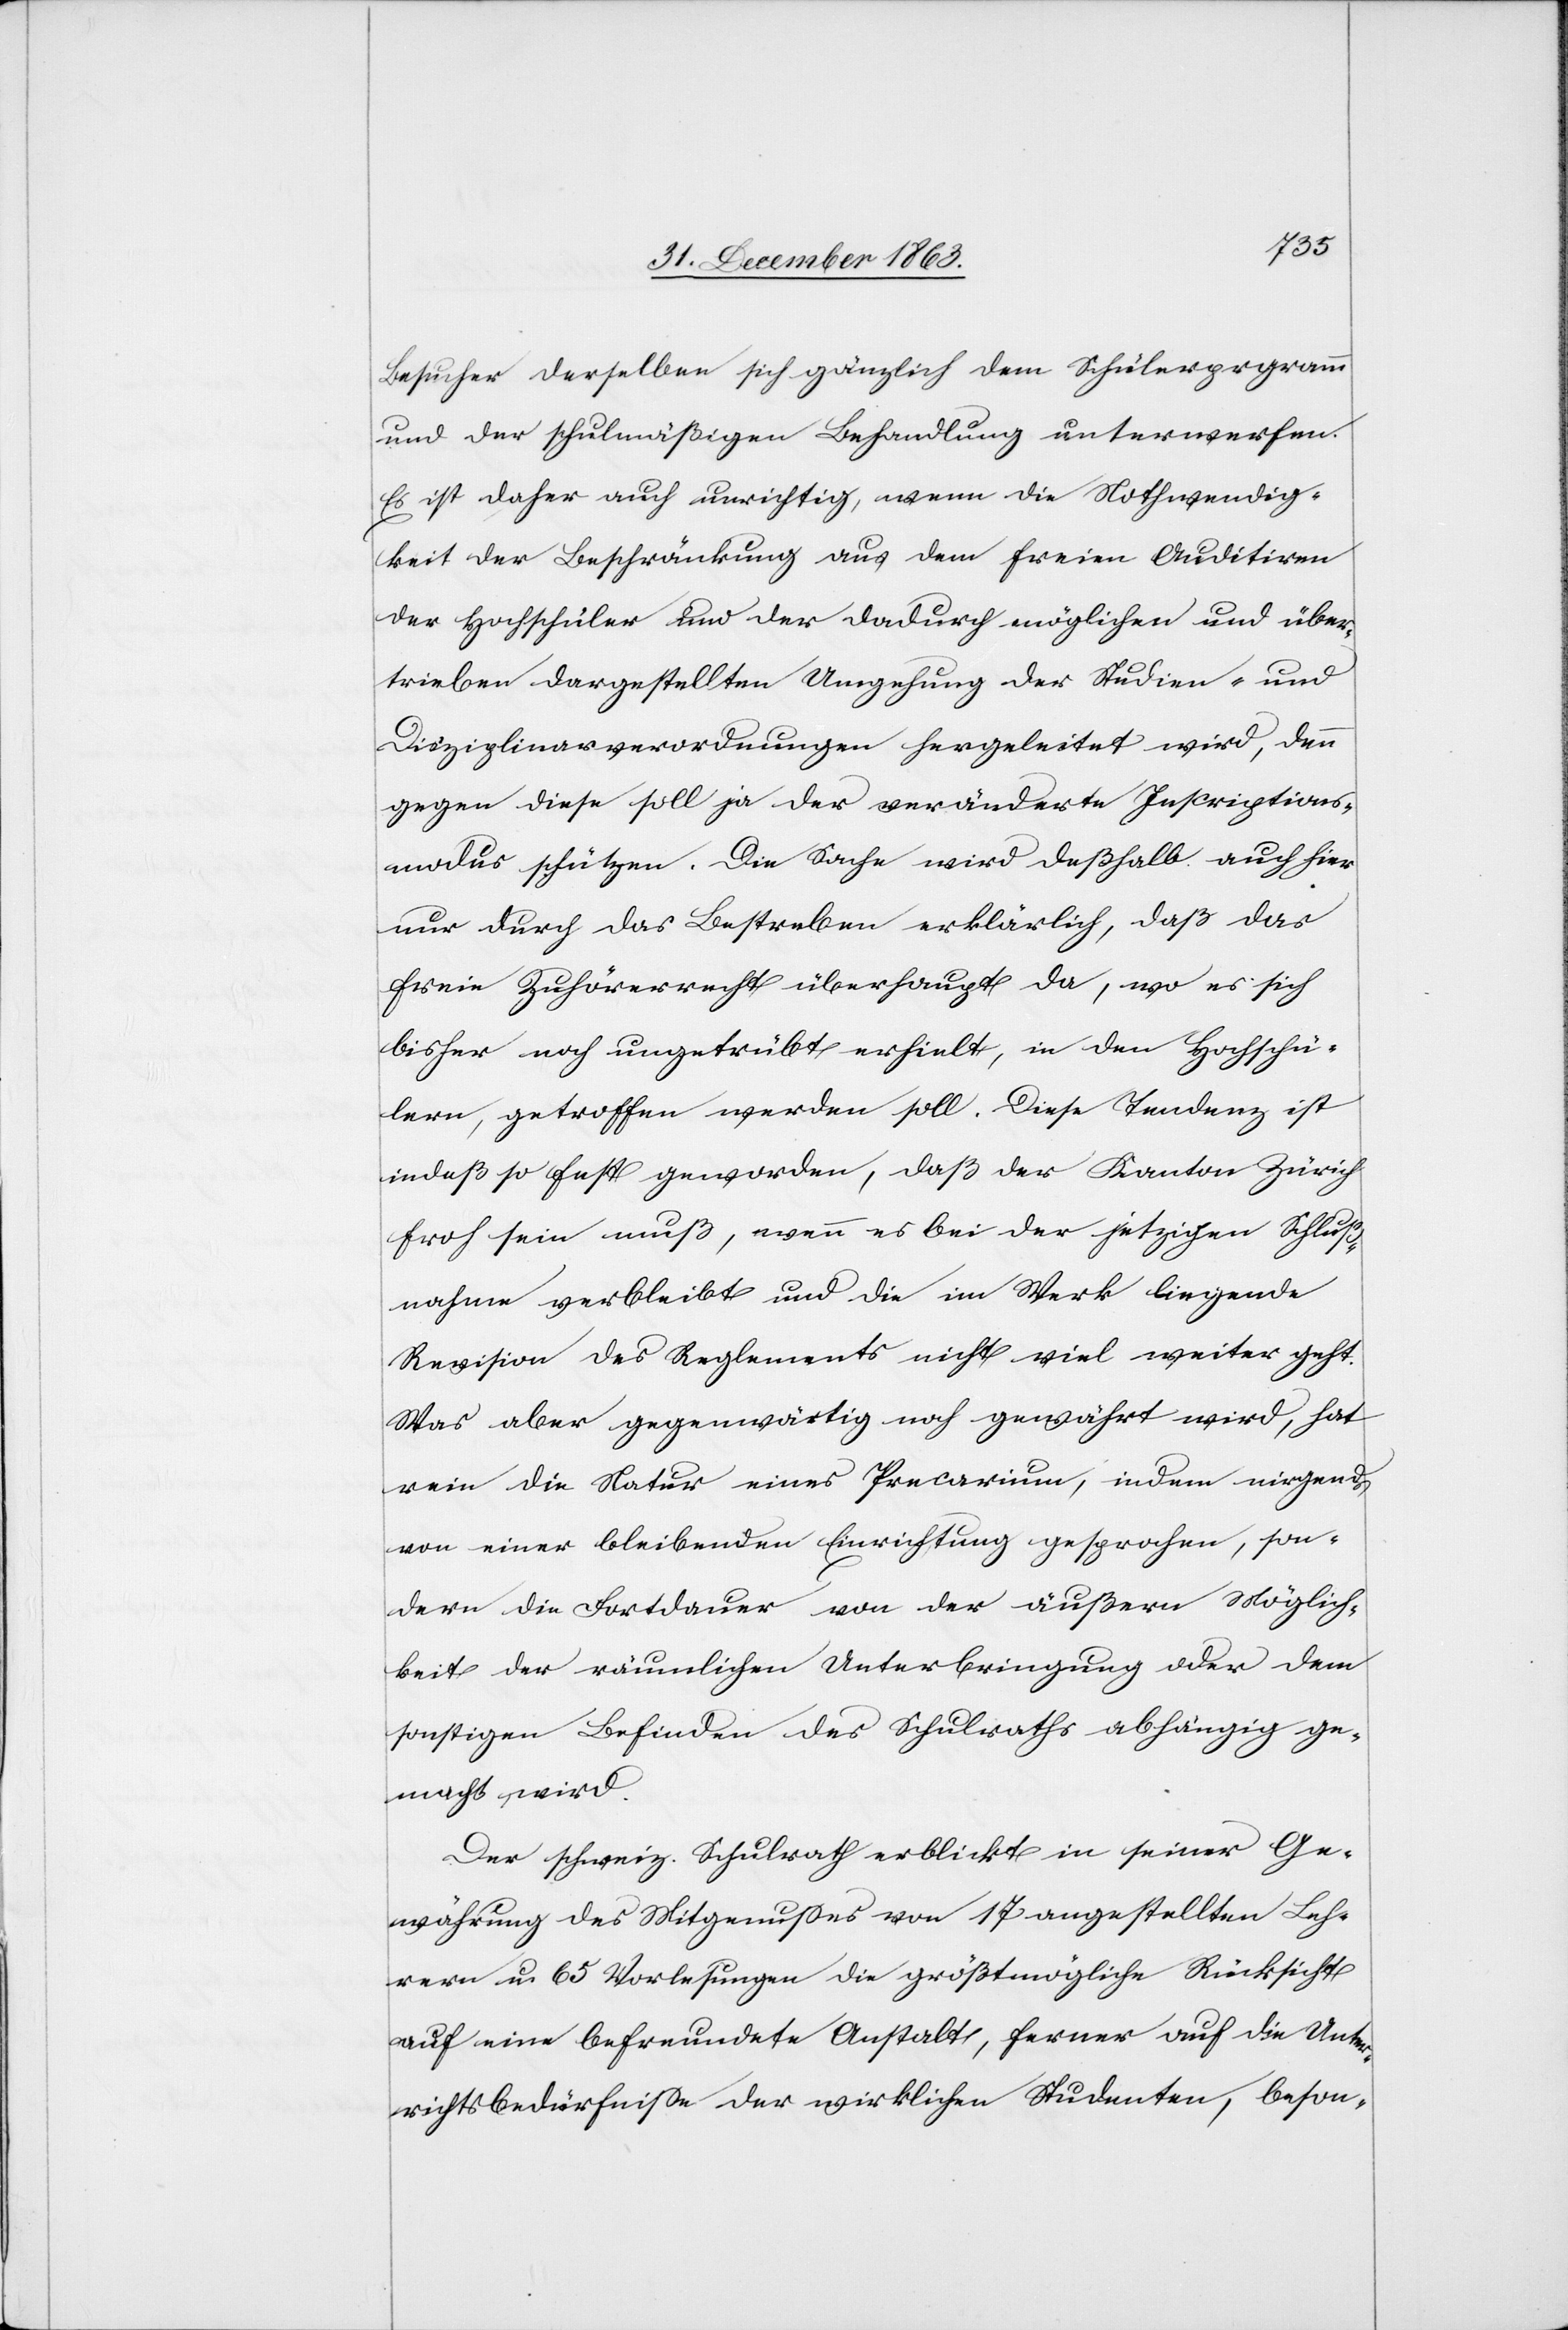
Besucher derselben sich gänzlich dem Schülerpr[o]gramm
und der schulmäßigen Behandlung unterwerfen.
Es ist daher auch unrichtig, wenn die Nothwendig¬
keit der Beschränkung aus dem freien Auditiren
der Hochschüler und der dadurch möglichen und über¬
trieben dargestellten Umgehung der Studien- und
Disziplinarverordnungen hergeleitet wird, denn
gegen diese soll ja der veränderte Inscriptions¬
modus schützen. Die Sache wird deßhalb auch hier
nur durch das Bestreben erklärlich, daß das
freie Zuhörerrecht überhaupt da, wo es sich
bisher noch ungetrübt erhielt, in den Hochschü¬
lern, getroffen werden soll. Diese Tendenz ist
indeß so fest geworden, daß der Kanton Zürich
froh sein muß, wenn es bei der jetzigen Schluß¬
nahme verbleibt und die im Werk liegende
Revision des Reglements nicht viel weiter geht.
Was aber gegenwärtig noch gewährt wird, hat
rein die Natur eines Precarium, indem nirgends
von einer bleibenden Einrichtung gesprochen, son¬
dern die Fortdauer von der äußern Möglich¬
keit der räumlichen Unterbringung oder dem
sonstigen Befinden des Schulraths abhängig ge¬
macht wird.
Der schweiz. Schulrath erblickt in seiner Ge¬
währung des Mitgenusses von 17 angestellten Leh¬
rern u. 65 Vorlesungen die größtmögliche Rücksicht
auf eine befreundete Anstalt, ferner auf die Unte¬
rrichtsbedürfnisse der wirklichen Studenten, beson-